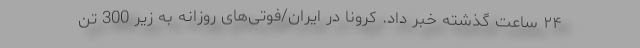
۲۴ ساعت گذشته خبر داد. کرونا در ایران/فوتی‌های روزانه به زیر 300 تن